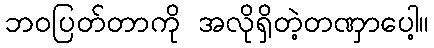
ဘဝပြတ်တာကို အလိုရှိတဲ့တဏှာပေါ့။